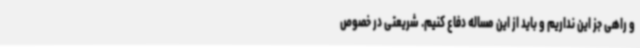
و راهی جز این نداریم و باید از این مساله دفاع کنیم. شریعتی در خصوص